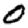
Digit: 0